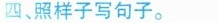
四、照样子写句子。